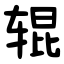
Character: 辊